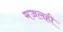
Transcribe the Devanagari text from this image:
मजलही